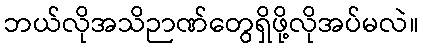
ဘယ်လိုအသိဉာဏ်တွေရှိဖို့လိုအပ်မလဲ။